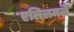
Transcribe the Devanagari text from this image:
एलिलमलै